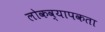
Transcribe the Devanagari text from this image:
लोकव्यापकता